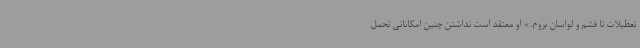
تعطیلات تا فشم و لواسان بروم.» او معتقد است نداشتن چنین امکاناتی تحمل